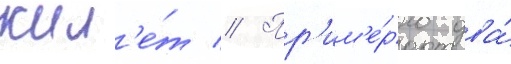
жил'е́т // Пр'им'е́рно два́